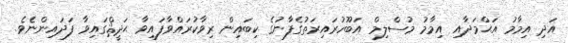
އަދި އިމާމު އަޙްމަދާއި އިމާމު މުސްލިމް އަބޫހުރައިރަތުގެފާނުގެ ކިބައިން ރިވާކުރައްވާފައިވާ ޙަދީޘްގައިވާ ފަދައިންނެވެ.